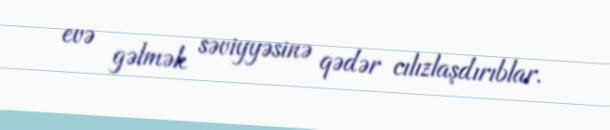
evə gəlmək səviyyəsinə qədər cılızlaşdırıblar.